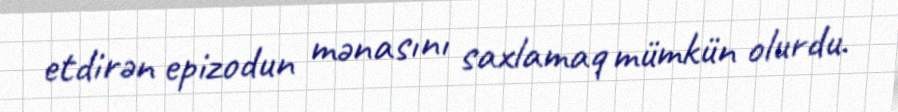
etdirən epizodun mənasını saxlamaq mümkün olurdu.